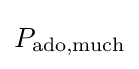
P_{{\text{ado}},{\text{much}}}